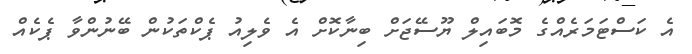
އެ ކަސްޓަމަރެއްގެ މޮބައިލް ޔޫސޭޖަށް ބިނާކޮށް އެ ވެލިއު ޕެކްތަކުން ބޭނުންވާ ޕެކެއް